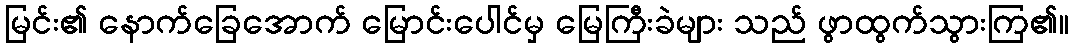
မြင်း၏ နောက်ခြေအောက် မြောင်းပေါင်မှ မြေကြီးခဲများ သည် ဖွာထွက်သွားကြ၏။